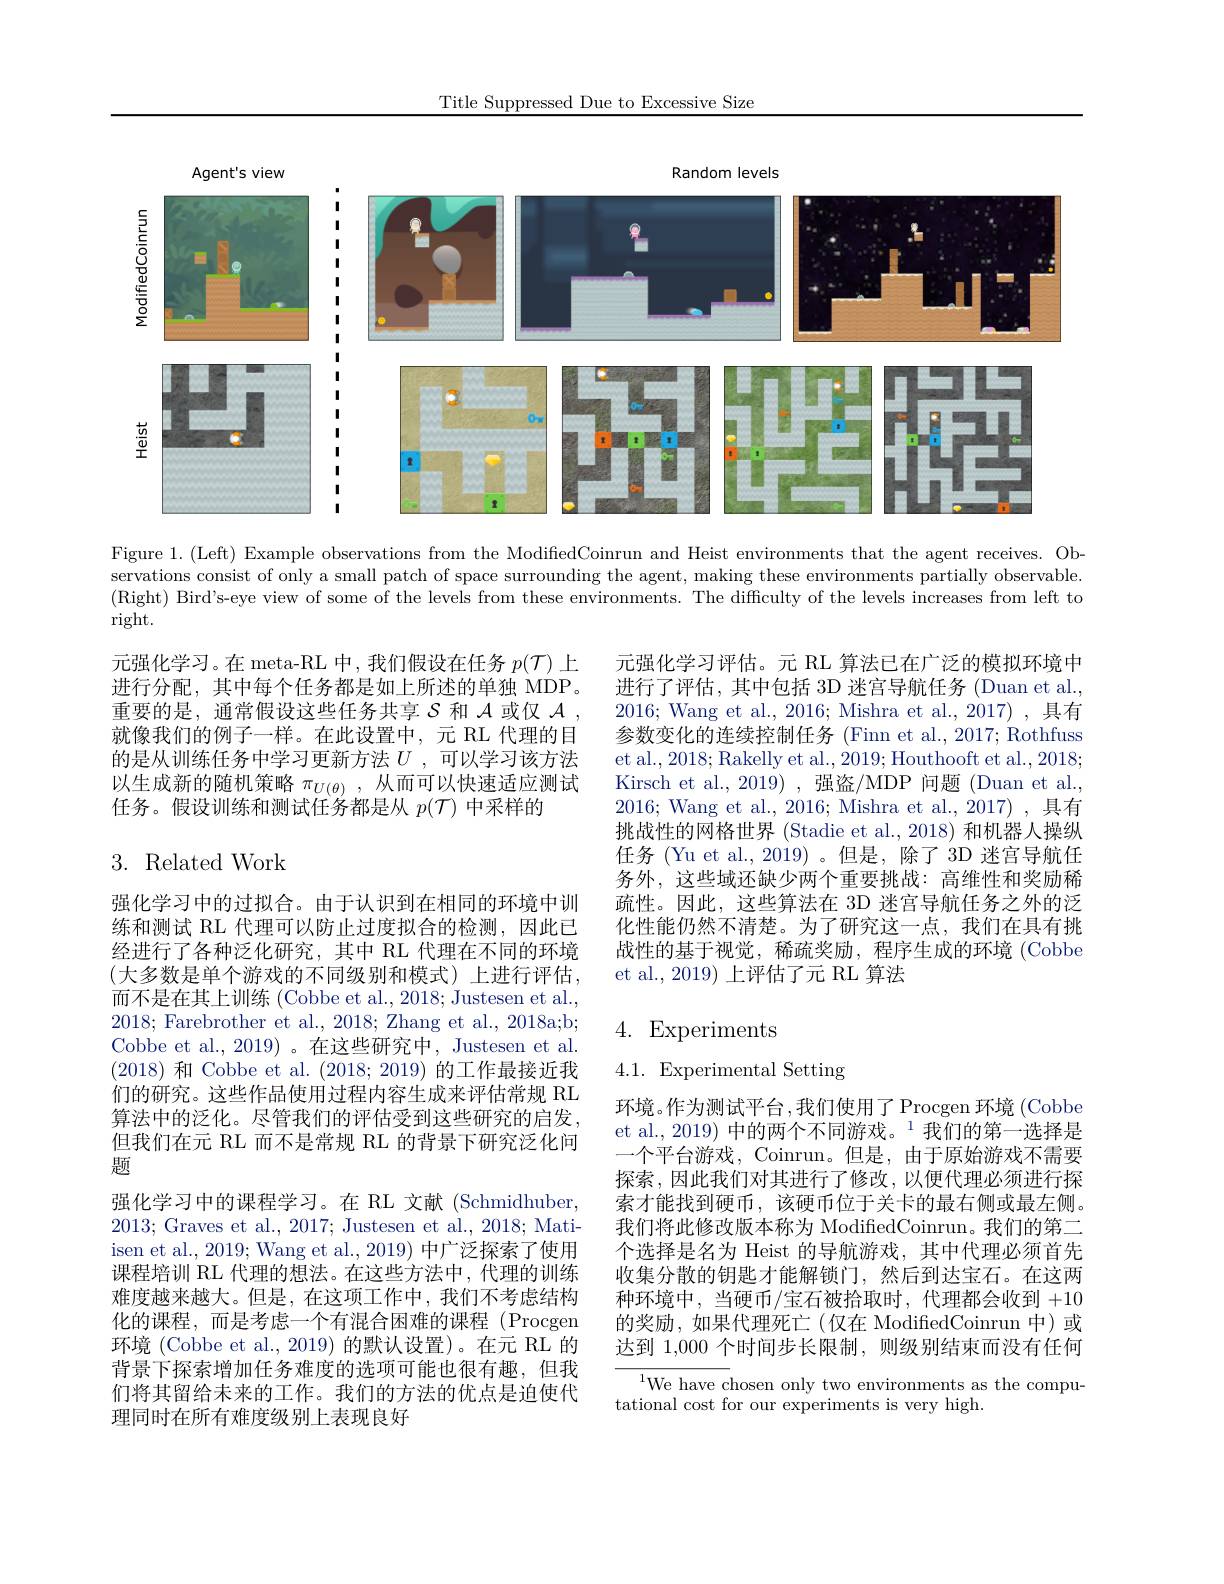
Title Suppressed Due to Excessive Size

<FigureHere>

Figure 1.(Left) Example observations from the ModifiedCoinrun and Heist environments that the agent receives. Observations consist of only a small patch of space surrounding the agent, making these environments partially observable. (Right) Bird's-eye view of some of the levels from these environments. The difficulty of the levels increases from left to

right.

元强化学习。在 meta-RL 中，我们假设在任务$p(\mathcal{T})$上进行分配，其中每个任务都是如上所述的单独 MDP。重要的是，通常假设这些任务共享$\mathcal{S}$和$\mathcal{A}$或仅$\mathcal{A}$ 就像我们的例子一样。在此设置中，元 RL 代理的目的是从训练任务中学习更新方法$U$ ,可以学习该方法以生成新的随机策略$\pi_{U(\theta)}$,从而可以快速适应测试任务。假设训练和测试任务都是从$p(\mathcal{T})$中采样的

元强化学习评估。元 RL 算法已在广泛的模拟环境中进行了评估，其中包括 3D 迷宫导航任务 (Duan et al., 2016; Wang et al., 2016; Mishra et al., 2017) , 具有参数变化的连续控制任务 (Finn et al., 2017; Rothfuss et al., 2018; Rakelly et al., 2019; Houthooft et al., 2018; Kirsch et al.,2019),强盗/MDP 问题(Duan et al., 2016; Wang et al., 2016; Mishra et al., 2017) , 具有挑战性的网格世界 (Stadie et al., 2018) 和机器人操纵任务 (Yu et al., 2019)。但是，除了 3D 迷宫导航任务外，这些域还缺少两个重要挑战：高维性和奖励稀疏性。因此，这些算法在 3D 迷宫导航任务之外的泛化性能仍然不清楚。为了研究这一点，我们在具有挑战性的基于视觉，稀疏奖励，程序生成的环境(Cobbe et al., 2019) 上评估了元 RL 算法

## 3. Related Work

## 4. Experiments

4.1. Experimental Setting

强化学习中的过拟合。由于认识到在相同的环境中训练和测试 RL 代理可以防止过度拟合的检测，因此已经进行了各种泛化研究，其中 RL 代理在不同的环境(大多数是单个游戏的不同级别和模式)上进行评估， 而不是在其上训练 (Cobbe et al., 2018; Justesen et al., 2018; Farebrother et al., 2018; Zhang et al., 2018a;b; Cobbe et al., 2019)。在这些研究中，Justesen et al. (2018)和 Cobbe et al. (2018;2019)的工作最接近我们的研究。这些作品使用过程内容生成来评估常规 RL 算法中的泛化。尽管我们的评估受到这些研究的启发， 但我们在元 RL 而不是常规 RL 的背景下研究泛化问题
强化学习中的课程学习。在 RL 文献 (Schmidhuber, 2013; Graves et al., 2017; Justesen et al., 2018; Matiisen et al., 2019; Wang et al., 2019) 中广泛探索了使用课程培训 RL 代理的想法。在这些方法中，代理的训练难度越来越大。但是，在这项工作中，我们不考虑结构化的课程，而是考虑一个有混合困难的课程 (Procgen 环境 (Cobbe et al.,2019) 的默认设置)。在元 RL 的背景下探索增加任务难度的选项可能也很有趣，但我们将其留给未来的工作。我们的方法的优点是迫使代理同时在所有难度级别上表现良好

环境。作为测试平台，我们使用了Procgen 环境(Cobbe et al., 2019) 中的两个不同游戏。$^{1}$我们的第一选择是一个平台游戏，Coinrun。但是，由于原始游戏不需要探索，因此我们对其进行了修改，以便代理必须进行探索才能找到硬币，该硬币位于关卡的最右侧或最左侧。我们将此修改版本称为 ModifedCoinrun。我们的第二个选择是名为 Heist 的导航游戏，其中代理必须首先收集分散的钥匙才能解锁门，然后到达宝石。在这两种环境中，当硬币/宝石被拾取时，代理都会收到 +10的奖励，如果代理死亡(仅在 ModifiedCoinrun 中)或达到 1,000 个时间步长限制，则级别结束而没有任何

${\overline{{^{1}\text{We have c}}}}$hosen only two environments as the compu-
tational cost for our experiments is very high.